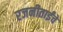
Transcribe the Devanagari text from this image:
रजनीताईंचे